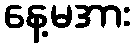
နေ့မအား